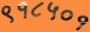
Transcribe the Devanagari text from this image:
९१८५०१